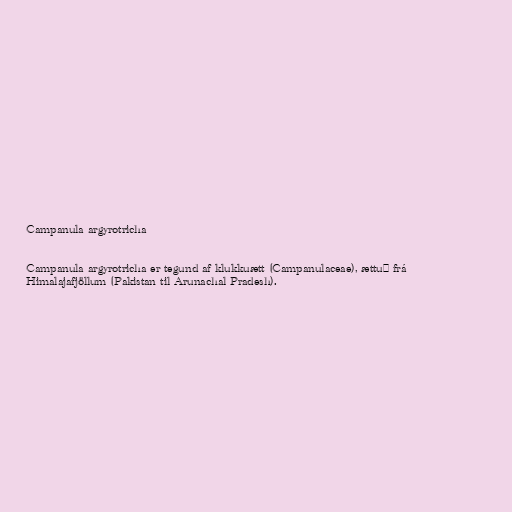
Campanula argyrotricha

Campanula argyrotricha er tegund af klukkuætt (Campanulaceae), ættuð frá
Himalajafjöllum (Pakistan til Arunachal Pradesh).